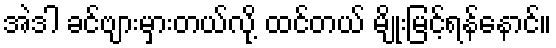
အဲဒါ ခင်ဗျားမှားတယ်လို့ ထင်တယ် မျိုးမြင့်ရန်နောင်။